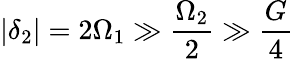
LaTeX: |\delta_{2}|=2\Omega_{1}\gg\frac{\Omega_{2}}{2}\gg\frac{G}{4}